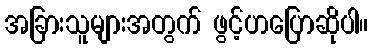
အခြားသူများအတွက် ဖွင့်ဟပြောဆိုပါ။